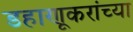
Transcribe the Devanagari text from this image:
डहाणूकरांच्या